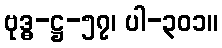
ဗုဒ္ဓ-ဋ္ဌ-၅၇၊ ပါ-၃၀၁။